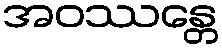
အဝဿန္တေ